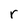
Character: r